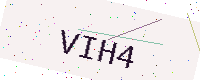
Text: VIH4